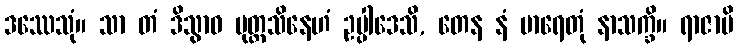
ဒဿေသုံ။ သာ တံ ဒိသွာဝ ပုတ္တသိနေဟံ ဥပ္ပါဒေသိ, တေန နံ မာရေတုံ နာသက္ခိ။ ရာဇာပိ